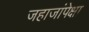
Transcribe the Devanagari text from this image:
जहाजांपेक्षा